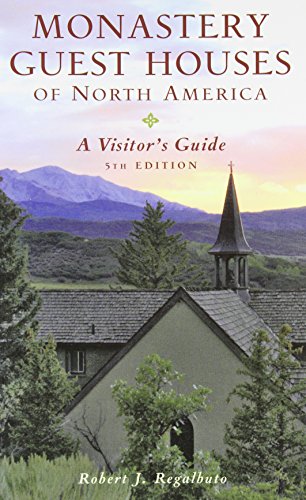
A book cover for Monastery Guest Houses of North America: A Visitor's Guide (Fifth Edition); Robert J. Regalbuto; Travel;